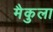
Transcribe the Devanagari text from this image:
मैकुला